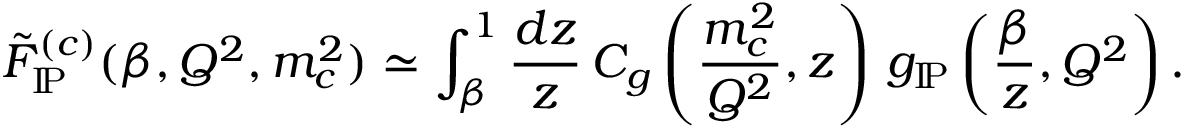
\tilde { F } _ { \mathrm { I \! P } } ^ { ( c ) } ( \beta , Q ^ { 2 } , m _ { c } ^ { 2 } ) \simeq \int _ { \beta } ^ { 1 } \frac { d z } { z } \, C _ { g } \left( \frac { m _ { c } ^ { 2 } } { Q ^ { 2 } } , z \right) \, g _ { \mathrm { I \! P } } \left( \frac { \beta } { z } , Q ^ { 2 } \right) .